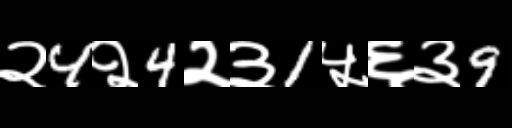
Text: २4२4२३1५६३9